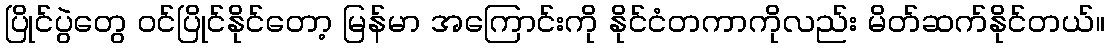
ပြိုင်ပွဲတွေ ဝင်ပြိုင်နိုင်တော့ မြန်မာ အကြောင်းကို နိုင်ငံတကာကိုလည်း မိတ်ဆက်နိုင်တယ်။